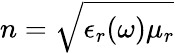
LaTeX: n=\sqrt{\epsilon_{r}(\omega)\mu_{r}}